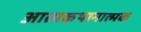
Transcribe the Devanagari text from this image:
आत्मकथानात्मक